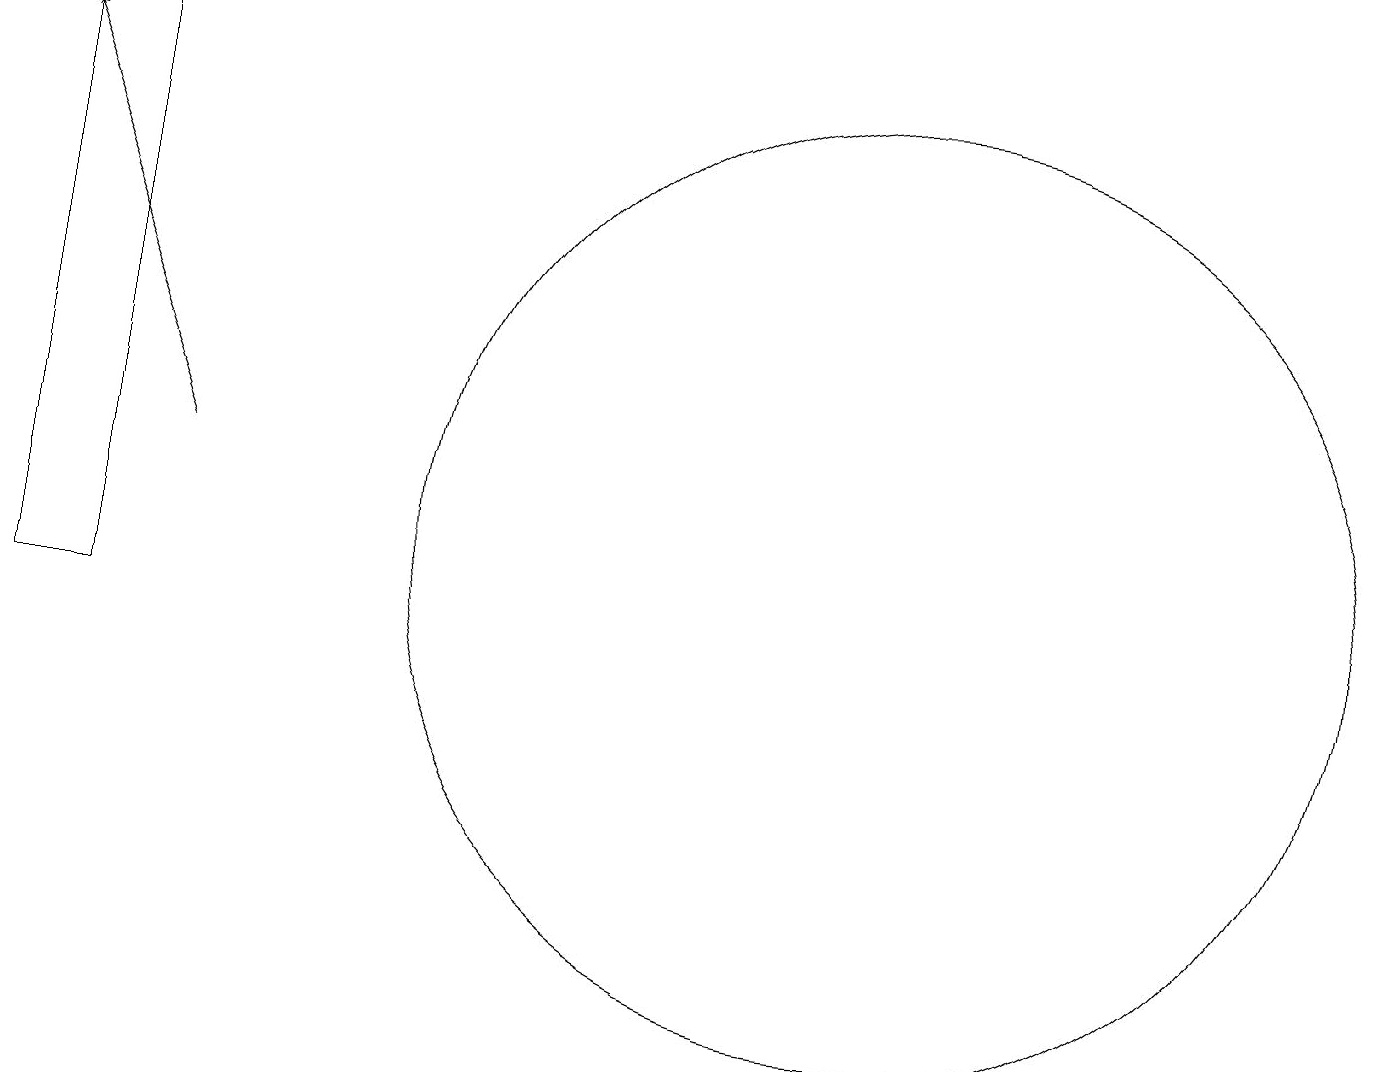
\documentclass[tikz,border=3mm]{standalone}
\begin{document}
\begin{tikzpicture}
\draw[->] (3,12) -- (1,17);
\draw (2,18) rectangle (1,10);
\draw (12,11) circle (6);
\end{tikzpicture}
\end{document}